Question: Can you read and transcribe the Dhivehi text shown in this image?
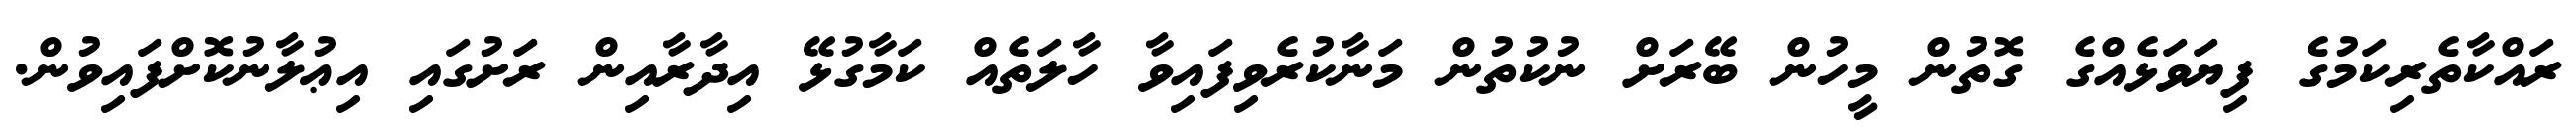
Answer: ރައްކާތެރިކަމުގެ ފިޔަވަޅެއްގެ ގޮތުން މީހުން ބޭރަށް ނުކުތުން މަނާކުރެވިފައިވާ ހާލަތެއް ކަމާގުޅޭ އިދާރާއިން ރަށުގައި އިޢުލާނުކޮށްފައިވުން.